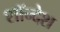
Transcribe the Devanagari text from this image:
शॉन्देश